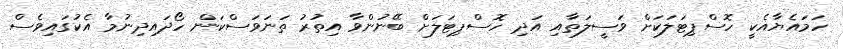
ހަމައެޔާއެކީ ހޮސްޕިޓަލަކަށް ވަސީލަތާއި އަދި ހޮސްޕިޓަލަށް ބޭނުންވާ އިތުރު ތަނަވަސްކަން ހޯދައިދިނުމާ އެކުގައިވެސް